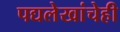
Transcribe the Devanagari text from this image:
पद्यलेखांचेही